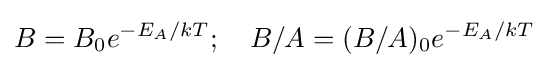
B=B_{0}e^{-E_{A}/kT};\quad B/A=(B/A)_{0}e^{-E_{A}/kT}